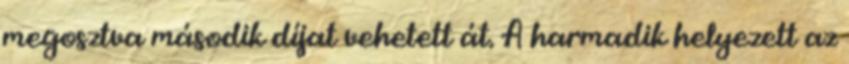
megosztva második díjat vehetett át. A harmadik helyezett az